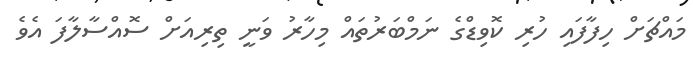
މައްޗަށް ހިފާފައި ހުރި ކޮވިޑްގެ ނަމްބަރުތައް މިހާރު ވަނީ ތިރިއަށް ސޮއްސާލާފަ އެވެ